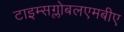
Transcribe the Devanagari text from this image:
टाइम्सग्लोबलएमबीए